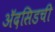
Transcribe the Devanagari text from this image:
ॲदसिडची